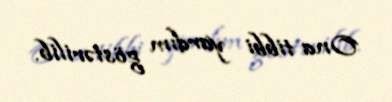
Ona tibbi yardım göstərilib.